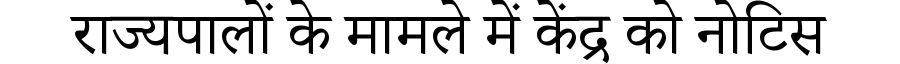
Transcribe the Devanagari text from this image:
राज्यपालों के मामले में केंद्र को नोटिस